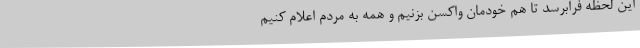
این لحظه فرابرسد تا هم خودمان واکسن بزنیم و همه به مردم اعلام کنیم